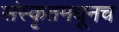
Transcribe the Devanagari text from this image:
संस्कृतमधूनच